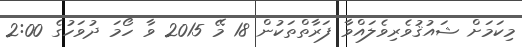
މިކަމަށް ޝައުޤުވެރިވެލައްވާ ފަރާތްތަކުން 18 މޭ 2015 ވާ ހޯމަ ދުވަހުގެ 2:00